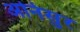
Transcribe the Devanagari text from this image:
अनिसुर